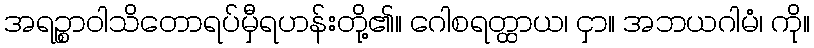
အရဉ္စာဝါသိတောရပ်မှီရဟန်းတို့၏။ ဂေါစရတ္ထာယ၊ ငှာ။ အဘယဂါမံ၊ ကို။